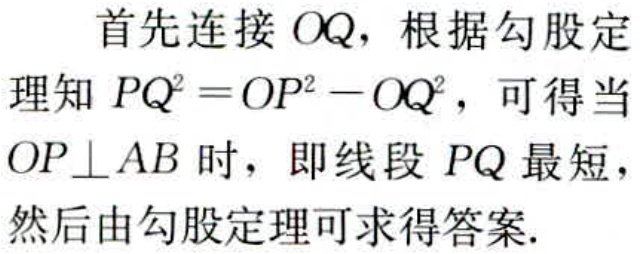
首先连接 \( OQ \)，根据勾股定

理知 \( PQ^{2}=OP^{2}-OQ^{2} \)，可得当

\( OP\perp AB \) 时，即线段 \( PQ \) 最短，

然后由勾股定理可求得答案.